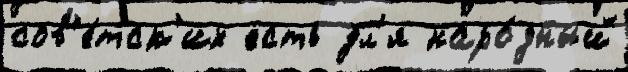
сов'е́тск'их есть дл'я наро́дный